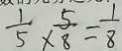
\frac { 1 } { 5 } \times \frac { 5 } { 8 } = \frac { 1 } { 8 }